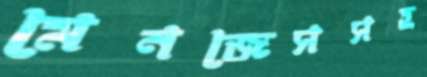
মেনজেসসহ